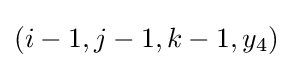
(i-1,j-1,k-1,y_{4})